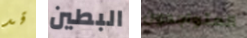
قد البطين المتواجدون